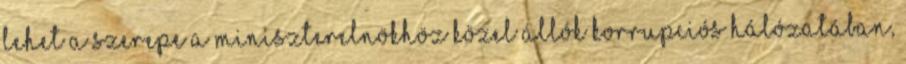
lehet a szerepe a miniszterelnökhöz közel állók korrupciós hálózatában,